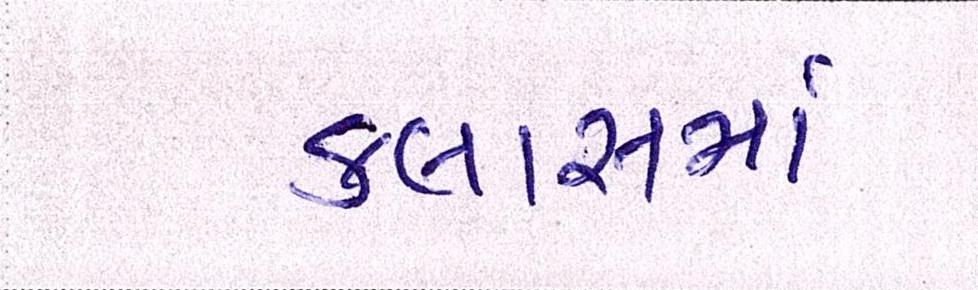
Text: કલાકમાં